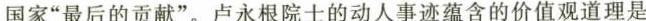
国家”最后的贡献”。卢永根院士的动人事迹蕴含的价值观道理是